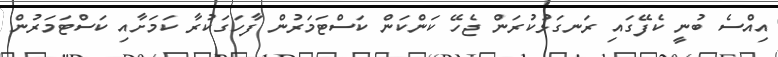
އިއްސެ ބުނީ ކެފޭގައި ރަނގަޅުކުރަން ޖެހޭ ކަންކަން ކަސްޓަމަރުން ފާހަގަކުރާ ކަމަށާއި ކަސްޓަމަރުން